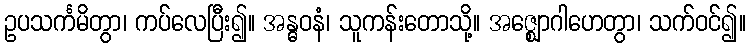
ဥပသင်္ကမိတွာ၊ ကပ်လေပြီး၍။ အန္ဓဝနံ၊ သူကန်းတောသို့။ အဇ္ဈောဂါဟေတွာ၊ သက်ဝင်၍။